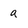
Character: a